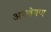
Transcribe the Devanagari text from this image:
अनवेषण